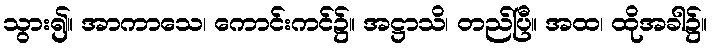
သွား၍။ အာကာသေ၊ ကောင်းကင်၌။ အဋ္ဌာသိ၊ တည်ပြီ။ အထ၊ ထိုအခါ၌။